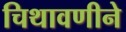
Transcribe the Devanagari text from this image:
चिथावणीने